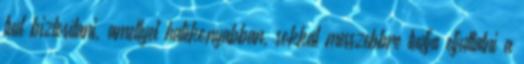
tud biztosítani, amellyel hatékonyabban, sokkal messzebbre tudja eljuttatni a